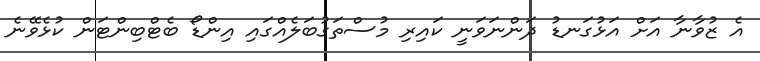
އެ ޒުވާނާ އަށް އަޅުގަނޑު ދަންނަވަނީ ކައިރި މުސްތަގުބަލެއްގައި އިންޑޯ ބެޓްބިންޓަން ކުޅެވޭނެ